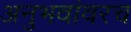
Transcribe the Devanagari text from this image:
अनुभवांवरच